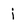
Character: j